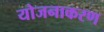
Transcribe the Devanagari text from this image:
योजनाकरण